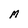
Character: M